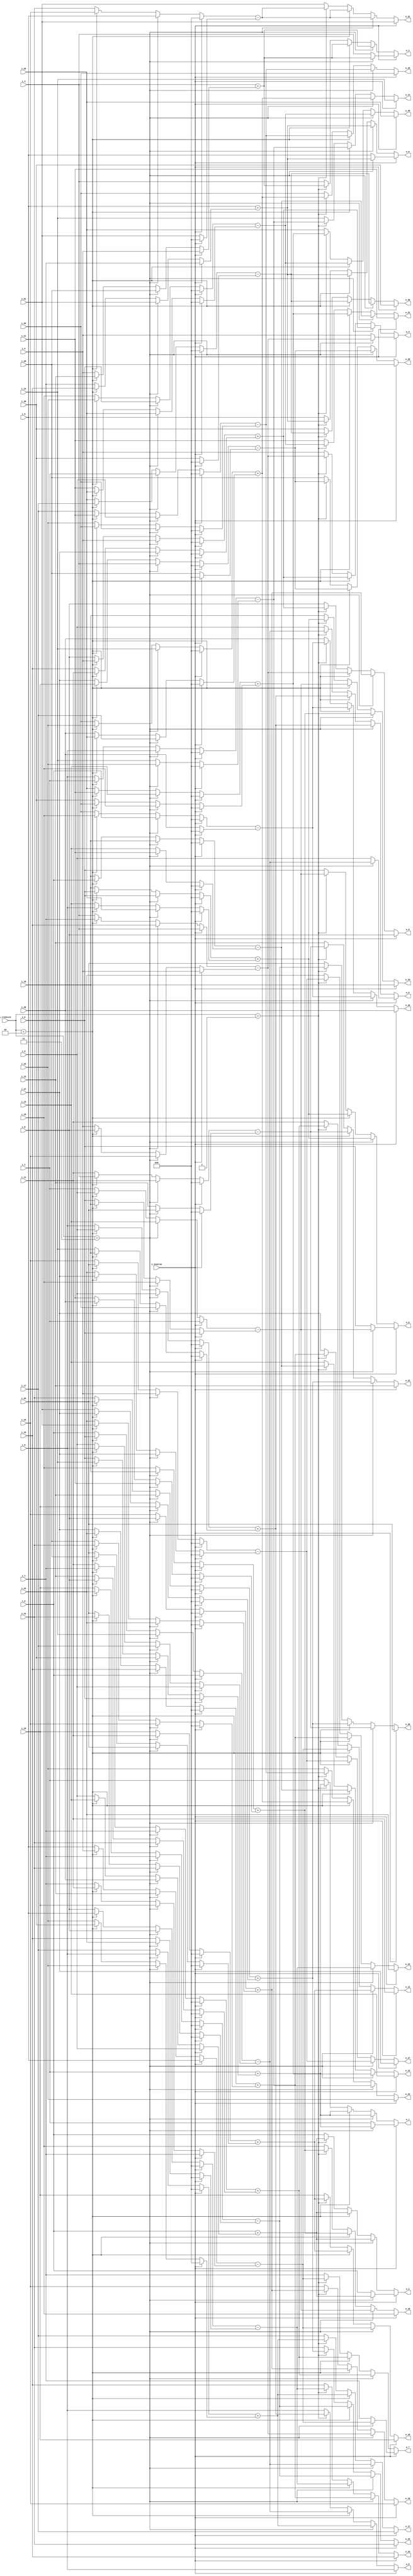
//company       : xm tech
//project name  : H265i
//top module    : dct_top_2d.v
//data          : 2018.01.17
//delay         : 0 clk 
//describe      :
//modification  :
//v1.0          :
module be_level0(
	i_inverse   ,
	i_transize  ,
	i_0         ,	
	i_1         ,	
	i_2         ,	
	i_3         ,	
	i_4         ,	
	i_5         ,	
	i_6         ,	
	i_7         ,	
	i_8         ,	
	i_9         ,	
	i_10        ,	
	i_11        ,	
	i_12        ,	
	i_13        ,	
	i_14        ,	
	i_15        ,	
	i_16        ,	
	i_17        ,	
	i_18        ,	
	i_19        ,	
	i_20        ,	
	i_21        ,	
	i_22        ,	
	i_23        ,	
	i_24        ,	
	i_25        ,	
	i_26        ,	
	i_27        ,	
	i_28        ,	
	i_29        ,	
	i_30        ,	
	i_31        ,
//------------------------	
	o_0         ,	
	o_1         ,	
	o_2         ,	
	o_3         ,	
	o_4         ,	
	o_5         ,	
	o_6         ,	
	o_7         ,	
	o_8         ,	
	o_9         ,	
	o_10        ,	
	o_11        ,	
	o_12        ,	
	o_13        ,	
	o_14        ,	
	o_15        ,	
	o_16        ,	
	o_17        ,	
	o_18        ,	
	o_19        ,	
	o_20        ,	
	o_21        ,	
	o_22        ,	
	o_23        ,	
	o_24        ,	
	o_25        ,	
	o_26        ,	
	o_27        ,
	o_28        ,	
	o_29        ,	
	o_30        ,	
	o_31        	
);

input           i_inverse   ;
input [1:0]  	i_transize  ;
input [27:0]	i_0         ;	
input [27:0]	i_1         ;	
input [27:0]	i_2         ;	
input [27:0]	i_3         ;	
input [27:0]	i_4         ;	
input [27:0]	i_5         ;	
input [27:0]	i_6         ;	
input [27:0]	i_7         ;	
input [27:0]	i_8         ;	
input [27:0]	i_9         ;	
input [27:0]	i_10        ;	
input [27:0]	i_11        ;	
input [27:0]	i_12        ;	
input [27:0]	i_13        ;	
input [27:0]	i_14        ;	
input [27:0]	i_15        ;	
input [27:0]	i_16        ;	
input [27:0]	i_17        ;	
input [27:0]	i_18        ;	
input [27:0]	i_19        ;	
input [27:0]	i_20        ;	
input [27:0]	i_21        ;	
input [27:0]	i_22        ;	
input [27:0]	i_23        ;	
input [27:0]	i_24        ;	
input [27:0]	i_25        ;	
input [27:0]	i_26        ;	
input [27:0]	i_27        ;	
input [27:0]	i_28        ;	
input [27:0]	i_29        ;	
input [27:0]	i_30        ;	
input [27:0]	i_31        ;
	
//--------
output [27:0]	o_0         ;	
output [27:0]	o_1         ;	
output [27:0]	o_2         ;	
output [27:0]	o_3         ;	
output [27:0]	o_4         ;	
output [27:0]	o_5         ;	
output [27:0]	o_6         ;	
output [27:0]	o_7         ;	
output [27:0]	o_8         ;	
output [27:0]	o_9         ;	
output [27:0]	o_10        ;	
output [27:0]	o_11        ;	
output [27:0]	o_12        ;	
output [27:0]	o_13        ;	
output [27:0]	o_14        ;	
output [27:0]	o_15        ;	
output [27:0]	o_16        ;	
output [27:0]	o_17        ;	
output [27:0]	o_18        ;	
output [27:0]	o_19        ;	
output [27:0]	o_20        ;	
output [27:0]	o_21        ;	
output [27:0]	o_22        ;	
output [27:0]	o_23        ;	
output [27:0]	o_24        ;	
output [27:0]	o_25        ;	
output [27:0]	o_26        ;	
output [27:0]	o_27        ;
output [27:0]	o_28        ;	
output [27:0]	o_29        ;	
output [27:0]	o_30        ;	
output [27:0]	o_31        ;	
//------------------------reg-----------------//
reg     [27:0]	o_0         ;	
reg     [27:0]	o_1         ;	
reg     [27:0]	o_2         ;	
reg     [27:0]	o_3         ;	
reg     [27:0]	o_4         ;	
reg     [27:0]	o_5         ;	
reg     [27:0]	o_6         ;	
reg     [27:0]	o_7         ;	
reg     [27:0]	o_8         ;	
reg     [27:0]	o_9         ;	
reg     [27:0]	o_10        ;	
reg     [27:0]	o_11        ;	
reg     [27:0]	o_12        ;	
reg     [27:0]	o_13        ;	
reg     [27:0]	o_14        ;	
reg     [27:0]	o_15        ;	
reg     [27:0]	o_16        ;	
reg     [27:0]	o_17        ;	
reg     [27:0]	o_18        ;	
reg     [27:0]	o_19        ;	
reg     [27:0]	o_20        ;	
reg     [27:0]	o_21        ;	
reg     [27:0]	o_22        ;	
reg     [27:0]	o_23        ;	
reg     [27:0]	o_24        ;	
reg     [27:0]	o_25        ;	
reg     [27:0]	o_26        ;	
reg     [27:0]	o_27        ;
reg     [27:0]	o_28        ;	
reg     [27:0]	o_29        ;	
reg     [27:0]	o_30        ;	
reg     [27:0]	o_31        ;	
//--------------------------------------//
reg     [27:0]  data0_add0  ;   
reg     [27:0]  data1_add0  ;
reg     [27:0]  data2_add0  ;
reg     [27:0]  data3_add0  ;
reg     [27:0]  data4_add0  ;
reg     [27:0]  data5_add0  ;
reg     [27:0]  data6_add0  ;
reg     [27:0]  data7_add0  ;
reg     [27:0]  data8_add0  ;
reg     [27:0]  data9_add0  ;
reg     [27:0]  data10_add0 ;
reg     [27:0]  data11_add0 ;
reg     [27:0]  data12_add0 ;
reg     [27:0]  data13_add0 ;
reg     [27:0]  data14_add0 ;
reg     [27:0]  data15_add0 ;

reg     [27:0]  data0_sub1  ;   
reg     [27:0]  data1_sub1  ;
reg     [27:0]  data2_sub1  ;
reg     [27:0]  data3_sub1  ;
reg     [27:0]  data4_sub1  ;
reg     [27:0]  data5_sub1  ;
reg     [27:0]  data6_sub1  ;
reg     [27:0]  data7_sub1  ;
reg     [27:0]  data8_sub1  ;
reg     [27:0]  data9_sub1  ;
reg     [27:0]  data10_sub1 ;
reg     [27:0]  data11_sub1 ;
reg     [27:0]  data12_sub1 ;
reg     [27:0]  data13_sub1 ;
reg     [27:0]  data14_sub1 ;
reg     [27:0]  data15_sub1 ;

reg     [27:0]  data0_add1  ;   
reg     [27:0]  data1_add1  ;
reg     [27:0]  data2_add1  ;
reg     [27:0]  data3_add1  ;
reg     [27:0]  data4_add1  ;
reg     [27:0]  data5_add1  ;
reg     [27:0]  data6_add1  ;
reg     [27:0]  data7_add1  ;
reg     [27:0]  data8_add1  ;
reg     [27:0]  data9_add1  ;
reg     [27:0]  data10_add1 ;
reg     [27:0]  data11_add1 ;
reg     [27:0]  data12_add1 ;
reg     [27:0]  data13_add1 ;
reg     [27:0]  data14_add1 ;
reg     [27:0]  data15_add1 ;

reg     [27:0]  data0_sub0  ;   
reg     [27:0]  data1_sub0  ;
reg     [27:0]  data2_sub0  ;
reg     [27:0]  data3_sub0  ;
reg     [27:0]  data4_sub0  ;
reg     [27:0]  data5_sub0  ;
reg     [27:0]  data6_sub0  ;
reg     [27:0]  data7_sub0  ;
reg     [27:0]  data8_sub0  ;
reg     [27:0]  data9_sub0  ;
reg     [27:0]  data10_sub0 ;
reg     [27:0]  data11_sub0 ;
reg     [27:0]  data12_sub0 ;
reg     [27:0]  data13_sub0 ;
reg     [27:0]  data14_sub0 ;
reg     [27:0]  data15_sub0 ;
//------------------------------------//
wire    [27:0]  sum0        ;       
wire    [27:0]  sum1        ;
wire    [27:0]  sum2        ;
wire    [27:0]  sum3        ;
wire    [27:0]  sum4        ;
wire    [27:0]  sum5        ;
wire    [27:0]  sum6        ;
wire    [27:0]  sum7        ;
wire    [27:0]  sum8        ;
wire    [27:0]  sum9        ;
wire    [27:0]  sum10       ;
wire    [27:0]  sum11       ;
wire    [27:0]  sum12       ;
wire    [27:0]  sum13       ;
wire    [27:0]  sum14       ;
wire    [27:0]  sum15       ;

wire    [27:0]  sub0        ;
wire    [27:0]  sub1        ;
wire    [27:0]  sub2        ;
wire    [27:0]  sub3        ;
wire    [27:0]  sub4        ;
wire    [27:0]  sub5        ;
wire    [27:0]  sub6        ;
wire    [27:0]  sub7        ;
wire    [27:0]  sub8        ;
wire    [27:0]  sub9        ;
wire    [27:0]  sub10       ;
wire    [27:0]  sub11       ;
wire    [27:0]  sub12       ;
wire    [27:0]  sub13       ;
wire    [27:0]  sub14       ;
wire    [27:0]  sub15       ;

//------------------------------add---------------------//
always @(*)
begin
	if(~i_inverse)
	begin
		if(i_transize == 2'd3)
		begin
			data0_add0  = i_0;
			data1_add0  = i_1;
			data2_add0  = i_2;
			data3_add0  = i_3;
			data4_add0  = i_4;
			data5_add0  = i_5;
			data6_add0  = i_6;
			data7_add0  = i_7;
			data8_add0  = i_8;
			data9_add0  = i_9;
			data10_add0 = i_10;
			data11_add0 = i_11;
			data12_add0 = i_12;
			data13_add0 = i_13;
			data14_add0 = i_14;
			data15_add0 = i_15;
		end 
		else if(i_transize == 2'd2)
		begin
			data0_add0  = i_0;
			data1_add0  = i_1;
			data2_add0  = i_2;
			data3_add0  = i_3;
			data4_add0  = i_4;
			data5_add0  = i_5;
			data6_add0  = i_6;
			data7_add0  = i_7;
			data8_add0  = i_16;
			data9_add0  = i_17;
			data10_add0 = i_18;
			data11_add0 = i_19;
			data12_add0 = i_20;
			data13_add0 = i_21;
			data14_add0 = i_22;
			data15_add0 = i_23;
		end
		else 
		begin
			data0_add0  = i_0;
			data1_add0  = i_1;
			data2_add0  = i_2;
			data3_add0  = i_3;
			data4_add0  = i_8;
			data5_add0  = i_9;
			data6_add0  = i_10;
			data7_add0  = i_11;
			data8_add0  = i_16;
			data9_add0  = i_17;
			data10_add0 = i_18;
			data11_add0 = i_19;
			data12_add0 = i_24;
			data13_add0 = i_25;
			data14_add0 = i_26;
			data15_add0 = i_27;
		end 	
	end
	else
	begin
			data0_add0  = i_0;
			data1_add0  = i_1;
			data2_add0  = i_2;
			data3_add0  = i_3;
			data4_add0  = 28'd0;
			data5_add0  = 28'd0;
			data6_add0  = 28'd0;
			data7_add0  = 28'd0;
			data8_add0  = 28'd0;
			data9_add0  = 28'd0;
			data10_add0 = 28'd0;
			data11_add0 = 28'd0;
			data12_add0 = 28'd0;
			data13_add0 = 28'd0;
			data14_add0 = 28'd0;
			data15_add0 = 28'd0;
	end
end 

always @(*)
begin
	if(~i_inverse)
	begin
		if(i_transize == 2'd3)
		begin
			data0_add1  = i_31;
			data1_add1  = i_30;
			data2_add1  = i_29;
			data3_add1  = i_28;
			data4_add1  = i_27;
			data5_add1  = i_26;
			data6_add1  = i_25;
			data7_add1  = i_24;
			data8_add1  = i_23;
			data9_add1  = i_22;
			data10_add1 = i_21;
			data11_add1 = i_20;
			data12_add1 = i_19;
			data13_add1 = i_18;
			data14_add1 = i_17;
			data15_add1 = i_16;
		end 
		else if(i_transize == 2'd2)
		begin
			data0_add1  = i_15;
			data1_add1  = i_14;
			data2_add1  = i_13;
			data3_add1  = i_12;
			data4_add1  = i_11;
			data5_add1  = i_10;
			data6_add1  = i_9 ;
			data7_add1  = i_8 ;
			data8_add1  = i_31;
			data9_add1  = i_30;
			data10_add1 = i_29;
			data11_add1 = i_28;
			data12_add1 = i_27;
			data13_add1 = i_26;
			data14_add1 = i_25;
			data15_add1 = i_24;
		end
		else
		begin
			data0_add1  = i_7;
			data1_add1  = i_6;
			data2_add1  = i_5;
			data3_add1  = i_4;
			data4_add1  = i_15;
			data5_add1  = i_14;
			data6_add1  = i_13;
			data7_add1  = i_12;
			data8_add1  = i_23;
			data9_add1  = i_22;
			data10_add1 = i_21;
			data11_add1 = i_20;
			data12_add1 = i_31;
			data13_add1 = i_30;
			data14_add1 = i_29;
			data15_add1 = i_28;
		end
	end
	else
	begin
			data0_add1  = i_7;
			data1_add1  = i_6;
			data2_add1  = i_5;
			data3_add1  = i_4;
			data4_add1  = 28'd0;
			data5_add1  = 28'd0;
			data6_add1  = 28'd0;
			data7_add1  = 28'd0;
			data8_add1  = 28'd0;
			data9_add1  = 28'd0;
			data10_add1 = 28'd0;
			data11_add1 = 28'd0;
			data12_add1 = 28'd0;
			data13_add1 = 28'd0;
			data14_add1 = 28'd0;
			data15_add1 = 28'd0;
	end
end 
//--------------------------------sub----------------------------//

always @(*)
begin
	if(~i_inverse)
	begin
		if(i_transize == 2'd3)
		begin
			data0_sub0  = i_15;
			data1_sub0  = i_14;
			data2_sub0  = i_13;
			data3_sub0  = i_12;
			data4_sub0  = i_11;
			data5_sub0  = i_10;
			data6_sub0  = i_9;
			data7_sub0  = i_8;
			data8_sub0  = i_7;
			data9_sub0  = i_6;
			data10_sub0 = i_5;
			data11_sub0 = i_4;
			data12_sub0 = i_3;
			data13_sub0 = i_2;
			data14_sub0 = i_1;
			data15_sub0 = i_0;
		end 
		else if(i_transize == 2'd2)
		begin
			data0_sub0  = i_7;
			data1_sub0  = i_6;
			data2_sub0  = i_5;
			data3_sub0  = i_4;
			data4_sub0  = i_3;
			data5_sub0  = i_2;
			data6_sub0  = i_1;
			data7_sub0  = i_0;
			data8_sub0  = i_23;
			data9_sub0  = i_22;
			data10_sub0 = i_21;
			data11_sub0 = i_20;
			data12_sub0 = i_19;
			data13_sub0 = i_18;
			data14_sub0 = i_17;
			data15_sub0 = i_16;
		end
		else 
		begin
			data0_sub0  = i_3;
			data1_sub0  = i_2;
			data2_sub0  = i_1;
			data3_sub0  = i_0;
			data4_sub0  = i_11;
			data5_sub0  = i_10;
			data6_sub0  = i_9;
			data7_sub0  = i_8;
			data8_sub0  = i_19;
			data9_sub0  = i_18;
			data10_sub0 = i_17;
			data11_sub0 = i_16;
			data12_sub0 = i_27;
			data13_sub0 = i_26;
			data14_sub0 = i_25;
			data15_sub0 = i_24;
		end 	
	end
	else
	begin
			data0_sub0  = i_3;
			data1_sub0  = i_2;
			data2_sub0  = i_1;
			data3_sub0  = i_0;
			data4_sub0  = 28'd0;
			data5_sub0  = 28'd0;
			data6_sub0  = 28'd0;
			data7_sub0  = 28'd0;
			data8_sub0  = 28'd0;
			data9_sub0  = 28'd0;
			data10_sub0 = 28'd0;
			data11_sub0 = 28'd0;
			data12_sub0 = 28'd0;
			data13_sub0 = 28'd0;
			data14_sub0 = 28'd0;
			data15_sub0 = 28'd0;
	end
end 

always @(*)
begin
	if(~i_inverse)
	begin
		if(i_transize == 2'd3)
		begin
			data0_sub1  = i_16;
			data1_sub1  = i_17;
			data2_sub1  = i_18;
			data3_sub1  = i_19;
			data4_sub1  = i_20;
			data5_sub1  = i_21;
			data6_sub1  = i_22;
			data7_sub1  = i_23;
			data8_sub1  = i_24;
			data9_sub1  = i_25;
			data10_sub1 = i_26;
			data11_sub1 = i_27;
			data12_sub1 = i_28;
			data13_sub1 = i_29;
			data14_sub1 = i_30;
			data15_sub1 = i_31;
		end 
		else if(i_transize == 2'd2)
		begin
			data0_sub1  = i_8;
			data1_sub1  = i_9;
			data2_sub1  = i_10;
			data3_sub1  = i_11;
			data4_sub1  = i_12;
			data5_sub1  = i_13;
			data6_sub1  = i_14;
			data7_sub1  = i_15;
			data8_sub1  = i_24;
			data9_sub1  = i_25;
			data10_sub1 = i_26;
			data11_sub1 = i_27;
			data12_sub1 = i_28;
			data13_sub1 = i_29;
			data14_sub1 = i_30;
			data15_sub1 = i_31;
		end
		else
		begin
			data0_sub1  = i_4;
			data1_sub1  = i_5;
			data2_sub1  = i_6;
			data3_sub1  = i_7;
			data4_sub1  = i_12;
			data5_sub1  = i_13;
			data6_sub1  = i_14;
			data7_sub1  = i_15;
			data8_sub1  = i_20;
			data9_sub1  = i_21;
			data10_sub1 = i_22;
			data11_sub1 = i_23;
			data12_sub1 = i_28;
			data13_sub1 = i_29;
			data14_sub1 = i_30;
			data15_sub1 = i_31;
		end
	end
	else
	begin
			data0_sub1  = i_4;
			data1_sub1  = i_5;
			data2_sub1  = i_6;
			data3_sub1  = i_7;
			data4_sub1  = 28'd0;
			data5_sub1  = 28'd0;
			data6_sub1  = 28'd0;
			data7_sub1  = 28'd0;
			data8_sub1  = 28'd0;
			data9_sub1  = 28'd0;
			data10_sub1 = 28'd0;
			data11_sub1 = 28'd0;
			data12_sub1 = 28'd0;
			data13_sub1 = 28'd0;
			data14_sub1 = 28'd0;
			data15_sub1 = 28'd0;
	end
end 

assign sum0 = data0_add0  + data0_add1 ; 
assign sum1 = data1_add0  + data1_add1 ; 
assign sum2 = data2_add0  + data2_add1 ; 
assign sum3 = data3_add0  + data3_add1 ; 
assign sum4 = data4_add0  + data4_add1 ; 
assign sum5 = data5_add0  + data5_add1 ; 
assign sum6 = data6_add0  + data6_add1 ; 
assign sum7 = data7_add0  + data7_add1 ; 
assign sum8 = data8_add0  + data8_add1 ; 
assign sum9 = data9_add0  + data9_add1 ; 
assign sum10 = data10_add0 + data10_add1 ; 
assign sum11 = data11_add0 + data11_add1 ; 
assign sum12 = data12_add0 + data12_add1 ; 
assign sum13 = data13_add0 + data13_add1 ; 
assign sum14 = data14_add0 + data14_add1 ; 
assign sum15 = data15_add0 + data15_add1 ; 

assign sub0 = data0_sub0  - data0_sub1 ; 
assign sub1 = data1_sub0  - data1_sub1 ; 
assign sub2 = data2_sub0  - data2_sub1 ; 
assign sub3 = data3_sub0  - data3_sub1 ; 
assign sub4 = data4_sub0  - data4_sub1 ; 
assign sub5 = data5_sub0  - data5_sub1 ; 
assign sub6 = data6_sub0  - data6_sub1 ; 
assign sub7 = data7_sub0  - data7_sub1 ; 
assign sub8 = data8_sub0  - data8_sub1 ; 
assign sub9 = data9_sub0  - data9_sub1 ; 
assign sub10 = data10_sub0 - data10_sub1 ;
assign sub11 = data11_sub0 - data11_sub1 ;
assign sub12 = data12_sub0 - data12_sub1 ;
assign sub13 = data13_sub0 - data13_sub1 ;
assign sub14 = data14_sub0 - data14_sub1 ;
assign sub15 = data15_sub0 - data15_sub1 ;

always @(*)
begin
	if(~i_inverse)
	begin
		if(i_transize == 2'd3)
		begin
			o_0  =  sum0 ;
		        o_1  =  sum1 ;       
                        o_2  =  sum2 ;
                        o_3  =  sum3 ;
                        o_4  =  sum4 ;
                        o_5  =  sum5 ;
                        o_6  =  sum6 ;
                        o_7  =  sum7 ;
                        o_8  =  sum8 ;
                        o_9  =  sum9 ;
                        o_10 =  sum10;
                        o_11 =  sum11;
                        o_12 =  sum12;
                        o_13 =  sum13;
                        o_14 =  sum14;
                        o_15 =  sum15;
                        o_16 =  sub0 ;
                        o_17 =  sub1 ;
                        o_18 =  sub2 ;
                        o_19 =  sub3 ;
                        o_20 =  sub4 ;
                        o_21 =  sub5 ;
                        o_22 =  sub6 ;
                        o_23 =  sub7 ;
                        o_24 =  sub8 ;
                        o_25 =  sub9 ;
                        o_26 =  sub10;
                        o_27 =  sub11;
                        o_28 =  sub12;
                        o_29 =  sub13;
                        o_30 =  sub14;
                        o_31 =  sub15;
		end
		else if(i_transize == 2'd2)
		begin
			o_0  =  sum0 ;
		        o_1  =  sum1 ;       
                        o_2  =  sum2 ;
                        o_3  =  sum3 ;
                        o_4  =  sum4 ;
                        o_5  =  sum5 ;
                        o_6  =  sum6 ;
                        o_7  =  sum7 ;
                        o_8  =  sub0 ;
                        o_9  =  sub1 ;
                        o_10 =  sub2 ;
                        o_11 =  sub3 ;
                        o_12 =  sub4 ;
                        o_13 =  sub5 ;
                        o_14 =  sub6 ;
                        o_15 =  sub7 ;
                        o_16 =  sum8 ;
                        o_17 =  sum9 ;
                        o_18 =  sum10;
                        o_19 =  sum11;
                        o_20 =  sum12;
                        o_21 =  sum13;
                        o_22 =  sum14;
                        o_23 =  sum15;
                        o_24 =  sub8 ;
                        o_25 =  sub9 ;
                        o_26 =  sub10;
                        o_27 =  sub11;
                        o_28 =  sub12;
                        o_29 =  sub13;
                        o_30 =  sub14;
                        o_31 =  sub15;
		end
		else if(i_transize == 2'd1)
		begin
			o_0  =  sum0 ;
		        o_1  =  sum1 ;       
                        o_2  =  sum2 ;
                        o_3  =  sum3 ;
                        o_4  =  sub0 ;
                        o_5  =  sub1 ;
                        o_6  =  sub2 ;
                        o_7  =  sub3 ;
                        o_8  =  sum4 ;
                        o_9  =  sum5 ;
                        o_10 =  sum6 ;
                        o_11 =  sum7 ;
                        o_12 =  sub4 ;
                        o_13 =  sub5 ;
                        o_14 =  sub6 ;
                        o_15 =  sub7 ;
                        o_16 =  sum8 ;
                        o_17 =  sum9 ;
                        o_18 =  sum10;
                        o_19 =  sum11;
                        o_20 =  sub8 ;
                        o_21 =  sub9 ;
                        o_22 =  sub10;
                        o_23 =  sub11;
                        o_24 =  sum12;
                        o_25 =  sum13;
                        o_26 =  sum14;
                        o_27 =  sum15;
                        o_28 =  sub12;
                        o_29 =  sub13;
                        o_30 =  sub14;
                        o_31 =  sub15;
		end
		else
		begin
			o_0  =  i_0 ;
		        o_1  =  i_1 ;       
                        o_2  =  i_2 ;
                        o_3  =  i_3 ;
                        o_4  =  i_4 ;
                        o_5  =  i_5 ;
                        o_6  =  i_6 ;
                        o_7  =  i_7 ;
                        o_8  =  i_8 ;
                        o_9  =  i_9 ;
                        o_10 =  i_10;
                        o_11 =  i_11;
                        o_12 =  i_12;
                        o_13 =  i_13;
                        o_14 =  i_14;
                        o_15 =  i_15;
                        o_16 =  i_16;
                        o_17 =  i_17;
                        o_18 =  i_18;
                        o_19 =  i_19;
                        o_20 =  i_20;
                        o_21 =  i_21;
                        o_22 =  i_22;
                        o_23 =  i_23;
                        o_24 =  i_24;
                        o_25 =  i_25;
                        o_26 =  i_26;
                        o_27 =  i_27;
                        o_28 =  i_28;
                        o_29 =  i_29;
                        o_30 =  i_30;
                        o_31 =  i_31;
		end
	end
	else
	begin 
		if(i_transize == 2'd3)
		begin
			o_0  =  sum0 ;
		        o_1  =  sum1 ;       
                        o_2  =  sum2 ;
                        o_3  =  sum3 ;
                        o_4  =  sub0 ;
                        o_5  =  sub1 ;
                        o_6  =  sub2 ;
                        o_7  =  sub3 ;
                        o_8  =  i_8 ;
                        o_9  =  i_9 ;
                        o_10 =  i_10;
                        o_11 =  i_11;
                        o_12 =  i_12;
                        o_13 =  i_13;
                        o_14 =  i_14;
                        o_15 =  i_15;
                        o_16 =  i_16;
                        o_17 =  i_17;
                        o_18 =  i_18;
                        o_19 =  i_19;
                        o_20 =  i_20;
                        o_21 =  i_21;
                        o_22 =  i_22;
                        o_23 =  i_23;
                        o_24 =  i_24;
                        o_25 =  i_25;
                        o_26 =  i_26;
                        o_27 =  i_27;
                        o_28 =  i_28;
                        o_29 =  i_29;
                        o_30 =  i_30;
                        o_31 =  i_31;
		end
	else
		begin
			o_0  =  i_0 ;
		        o_1  =  i_1 ;       
                        o_2  =  i_2 ;
                        o_3  =  i_3 ;
                        o_4  =  i_4 ;
                        o_5  =  i_5 ;
                        o_6  =  i_6 ;
                        o_7  =  i_7 ;
                        o_8  =  i_8 ;
                        o_9  =  i_9 ;
                        o_10 =  i_10;
                        o_11 =  i_11;
                        o_12 =  i_12;
                        o_13 =  i_13;
                        o_14 =  i_14;
                        o_15 =  i_15;
                        o_16 =  i_16;
                        o_17 =  i_17;
                        o_18 =  i_18;
                        o_19 =  i_19;
                        o_20 =  i_20;
                        o_21 =  i_21;
                        o_22 =  i_22;
                        o_23 =  i_23;
                        o_24 =  i_24;
                        o_25 =  i_25;
                        o_26 =  i_26;
                        o_27 =  i_27;
                        o_28 =  i_28;
                        o_29 =  i_29;
                        o_30 =  i_30;
                        o_31 =  i_31;
		end
	end
end 


endmodule